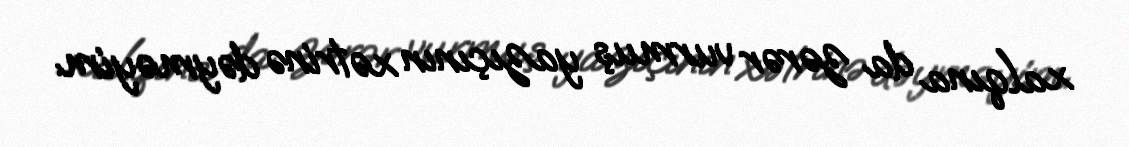
xalqına da zərər vurmuş yazıçının xətrinə dəyməyim.